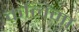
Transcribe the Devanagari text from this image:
कलिमा